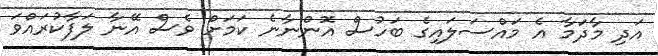
އަދި މާދަމާ އެ މައްސަލައިގެ ބަހުސް އޮންނާނެ ކަމަށް ވެސް އޭނާ ލަފާކުރައްވަ